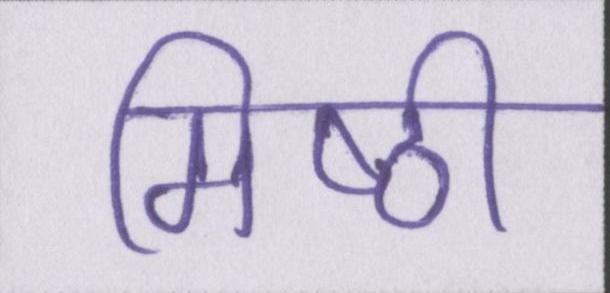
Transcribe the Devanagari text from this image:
मिष्ठी